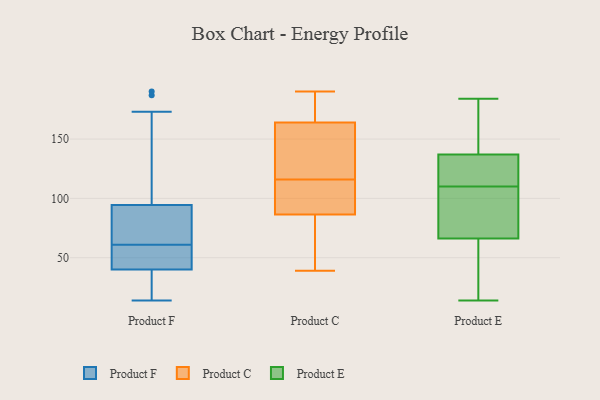
{"axis": {"x": "Satisfaction Score", "y": "Value"}, "legend": ["Product C", "Product E", "Product F"], "data": [{"x": "", "y": 190, "type": "Product F"}, {"x": "", "y": 173, "type": "Product F"}, {"x": "", "y": 61, "type": "Product F"}, {"x": "", "y": 40, "type": "Product F"}, {"x": "", "y": 29, "type": "Product F"}, {"x": "", "y": 15, "type": "Product F"}, {"x": "", "y": 40, "type": "Product F"}, {"x": "", "y": 75, "type": "Product F"}, {"x": "", "y": 77, "type": "Product F"}, {"x": "", "y": 14, "type": "Product F"}, {"x": "", "y": 16, "type": "Product F"}, {"x": "", "y": 95, "type": "Product F"}, {"x": "", "y": 42, "type": "Product F"}, {"x": "", "y": 49, "type": "Product F"}, {"x": "", "y": 187, "type": "Product F"}, {"x": "", "y": 93, "type": "Product F"}, {"x": "", "y": 64, "type": "Product F"}, {"x": "", "y": 145, "type": "Product F"}, {"x": "", "y": 61, "type": "Product F"}, {"x": "", "y": 39, "type": "Product C"}, {"x": "", "y": 105, "type": "Product C"}, {"x": "", "y": 166, "type": "Product C"}, {"x": "", "y": 87, "type": "Product C"}, {"x": "", "y": 127, "type": "Product C"}, {"x": "", "y": 94, "type": "Product C"}, {"x": "", "y": 86, "type": "Product C"}, {"x": "", "y": 186, "type": "Product C"}, {"x": "", "y": 146, "type": "Product C"}, {"x": "", "y": 162, "type": "Product C"}, {"x": "", "y": 190, "type": "Product C"}, {"x": "", "y": 68, "type": "Product C"}, {"x": "", "y": 122, "type": "Product E"}, {"x": "", "y": 127, "type": "Product E"}, {"x": "", "y": 110, "type": "Product E"}, {"x": "", "y": 131, "type": "Product E"}, {"x": "", "y": 145, "type": "Product E"}, {"x": "", "y": 99, "type": "Product E"}, {"x": "", "y": 14, "type": "Product E"}, {"x": "", "y": 89, "type": "Product E"}, {"x": "", "y": 89, "type": "Product E"}, {"x": "", "y": 123, "type": "Product E"}, {"x": "", "y": 26, "type": "Product E"}, {"x": "", "y": 20, "type": "Product E"}, {"x": "", "y": 184, "type": "Product E"}, {"x": "", "y": 22, "type": "Product E"}, {"x": "", "y": 160, "type": "Product E"}, {"x": "", "y": 79, "type": "Product E"}, {"x": "", "y": 139, "type": "Product E"}, {"x": "", "y": 179, "type": "Product E"}, {"x": "", "y": 62, "type": "Product E"}]}